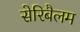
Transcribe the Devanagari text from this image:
सेरिबैलम